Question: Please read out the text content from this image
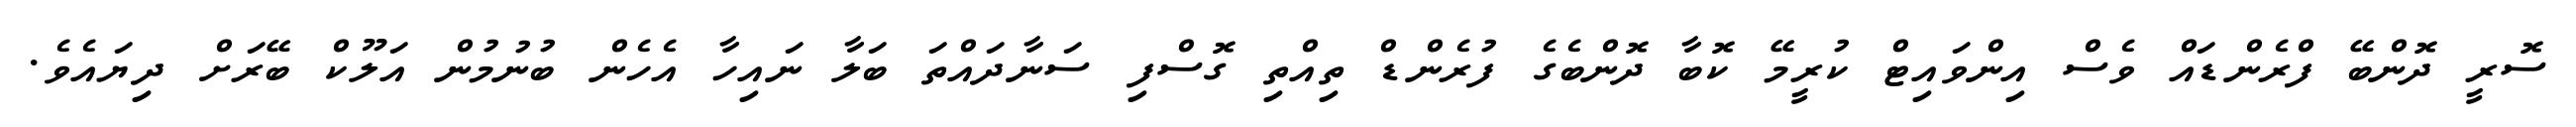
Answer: ސޮރީ ދޮންބޭ ފްރެންޑައް ވެސް އިންވައިޓް ކުރީމޭ ކޮބާ ދޮންބެގެ ފުރެންޑް ތިއްތި ގޮސްފި ސަނާދައްތަ ބަލާ ނައިހާ އެހެން ބުނުމުން އަލޫކް ބޭރަށް ދިޔައެވެ.